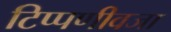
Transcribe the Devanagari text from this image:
टिप्पणीवजा